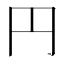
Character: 円